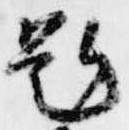
題